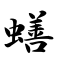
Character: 蟮